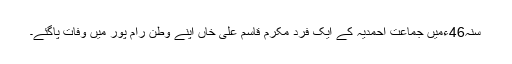
سنہ46ءمیں جماعت احمدیہ کے ایک فرد مکرم قاسم علی خاں اپنے وطن رام پور میں وفات پاگئے۔